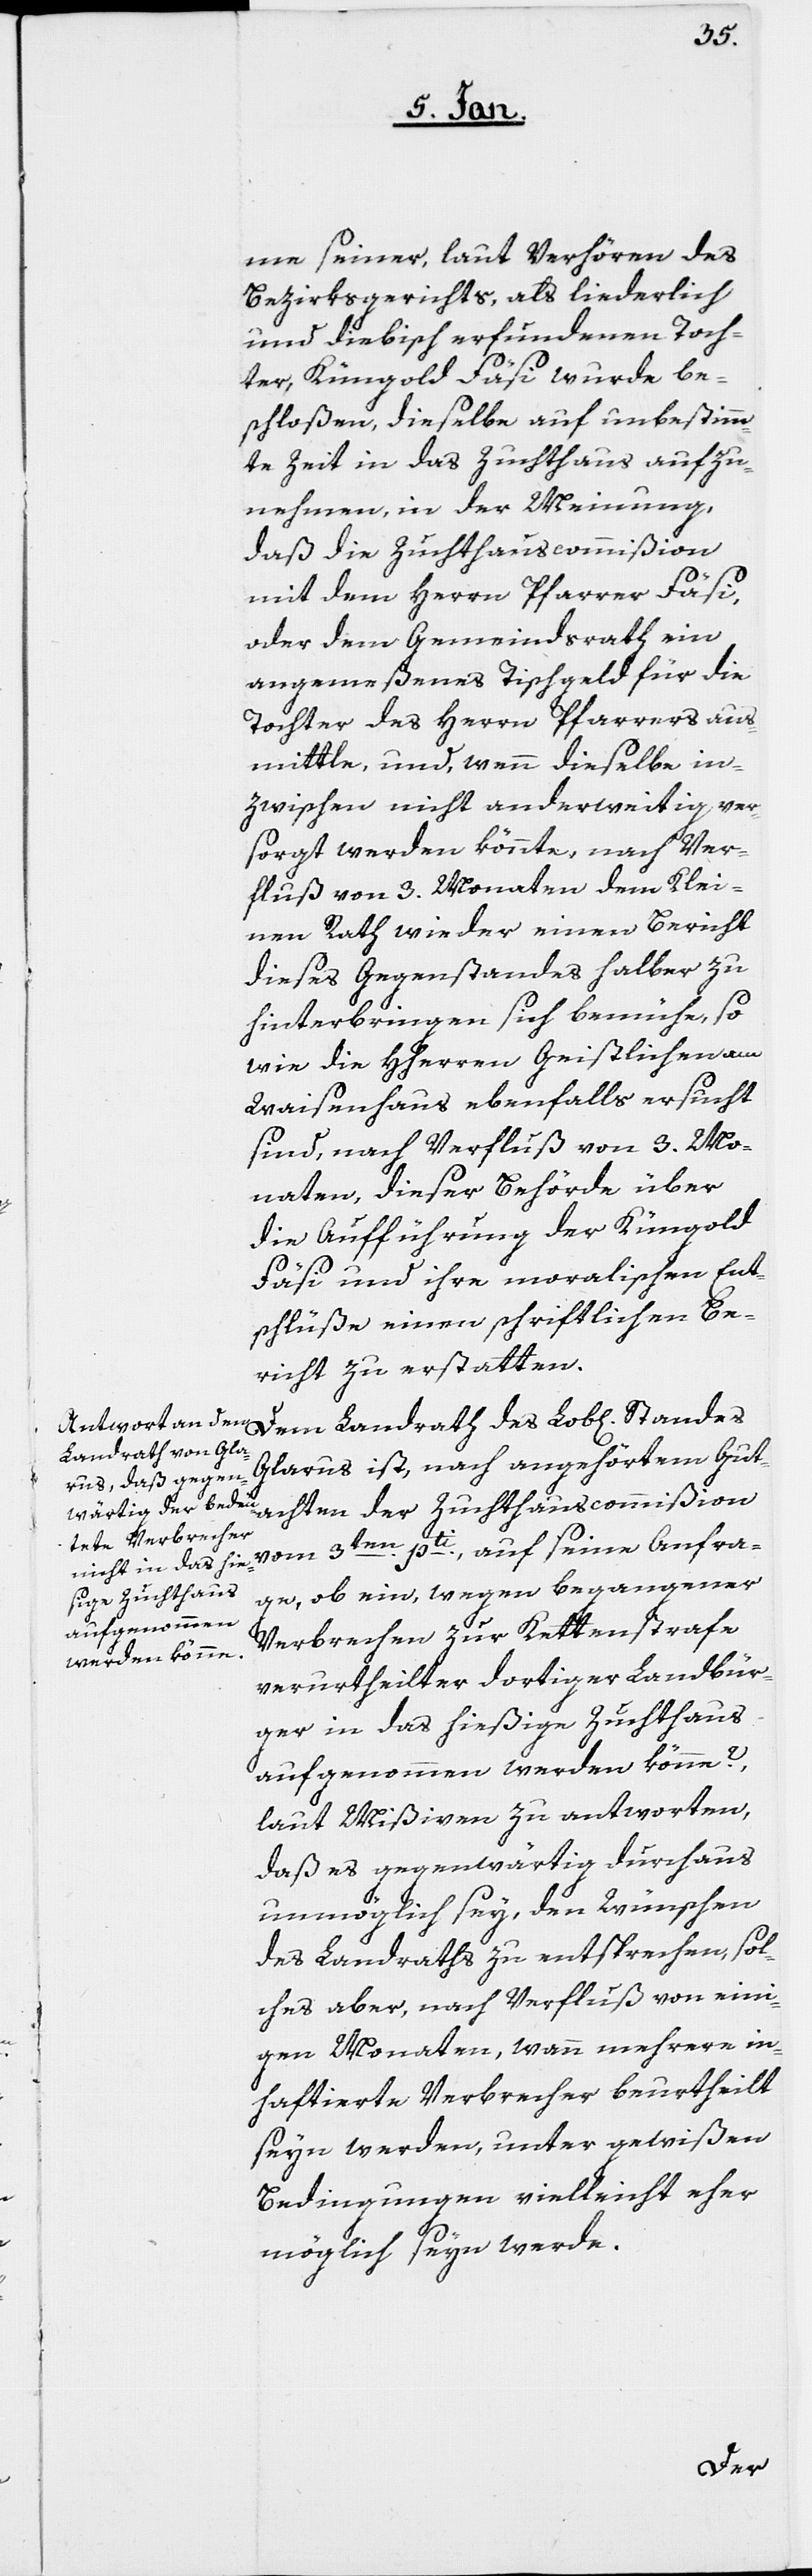
me seiner, laut Verhören des
Bezirksgerichts, als liederlich
und diebisch erfundenen Toch¬
ter, Küngold Fäsi wurde be¬
schloßen, dieselbe auf unbestimm¬
te Zeit in das Zuchthaus aufzu¬
nehmen, in der Meinung,
daß die Zuchthauscommißion
mit dem Herrn Pfarrer Fäsi
oder dem Gemeindsrath ein
angemeßenes Tischgeld für die
Tochter des Herrn Pfarrers aus¬
mittle, und, wenn dieselbe in¬
zwischen nicht anderweitig ver¬
sorgt werden könnte, nach Ver¬
fluß von 3. Monaten dem Klei¬
nen Rath wieder einen Bericht
dieses Gegenstandes halber zu
hinterbringen sich bemühe, so
wie die HHerren Geistlichen am
Waisenhaus ebenfalls ersucht
sind, nach Verfluß von 3. Mo¬
naten, dieser Behörde über
die Aufführung der Küngold
Fäsi und ihre moralischen Ent¬
schlüße einen schriftlichen Be¬
richt zu erstatten.
Glarus ist, nach angehörtem Gut¬
achten der Zuchthauscommißion
vom 3ten pti., auf seine Anfra¬
ge, ob ein, wegen begangener
Verbrechen zur Kettenstrafe
verurtheilter dortiger Landbür¬
ger in das hießige Zuchthaus
aufgenommen werden könne?,
laut Mißiven zu antworten,
daß es gegenwärtig durchaus
unmöglich sey, den Wünschen
des Landraths zu entsprechen, sol¬
ches aber, nach Verfluß von eini¬
gen Monaten, wann mehrere in¬
haftierte Verbrecher beurtheilt
seyn werden, unter gewißen
Bedingungen vielleicht eher
möglich seyn werde.